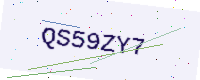
Text: QS59ZY7